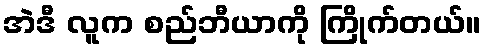
အဲဒီ လူက စည်ဘီယာကို ကြိုက်တယ်။